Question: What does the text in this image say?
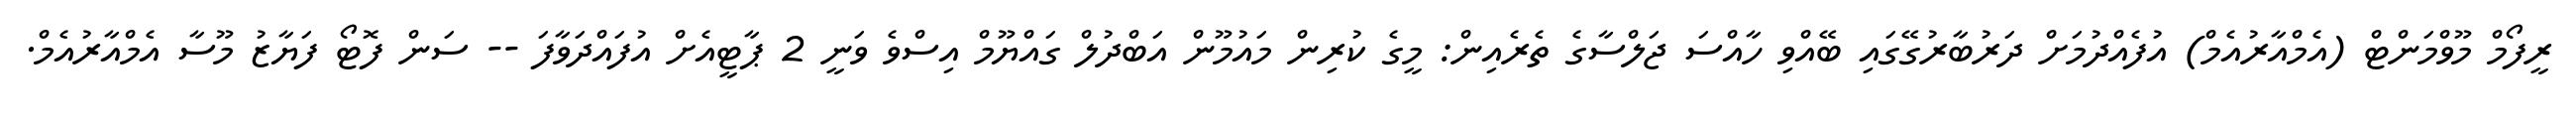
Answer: ރީފޯމް މޫވްމަންޓް (އެމްއާރުއެމް) އުފެއްދުމަށް ދަރުބާރުގޭގައި ބޭއްވި ހާއްސަ ޖަލްސާގެ ތެރެއިން: މީގެ ކުރިން މައުމޫން އަބްދުލް ގައްޔޫމް އިސްވެ ވަނީ 2 ޕާޓީއެށް އުފައްދަވާފަ -- ސަން ފޮޓޯ ފަޔާޒު މޫސާ އެމްއާރުއެމް.